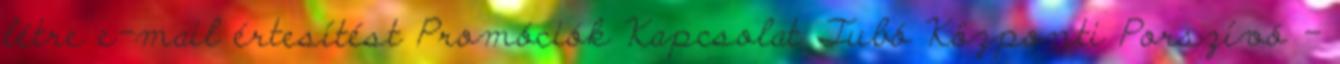
létre e-mail értesítést Promóciók Kapcsolat Tubó Központi Porszívó -